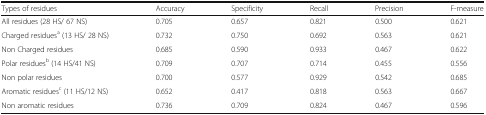
| Types of residues | Accuracy | Specificity | Recall | Precision | F-measure |
 | --- | --- | --- | --- | --- | --- |
 | All residues (28 HS/ 67 NS) | 0.705 | 0.657 | 0.821 | 0.500 | 0.621 |
 | Charged residuesa (13 HS/ 28 NS) | 0.732 | 0.750 | 0.692 | 0.563 | 0.621 |
 | Non Charged residues | 0.685 | 0.590 | 0.933 | 0.467 | 0.622 |
 | Polar residuesb (14 HS/41 NS) | 0.709 | 0.707 | 0.714 | 0.455 | 0.556 |
 | Non polar residues | 0.700 | 0.577 | 0.929 | 0.542 | 0.685 |
 | Aromatic residuesc (11 HS/12 NS) | 0.652 | 0.417 | 0.818 | 0.563 | 0.667 |
 | Non aromatic residues | 0.736 | 0.709 | 0.824 | 0.467 | 0.596 |